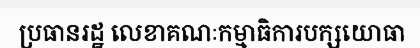
ប្រធានរដ្ឋ លេខាគណៈកម្មាធិការបក្សយោធា